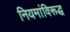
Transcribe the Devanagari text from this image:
नियमांविरूद्ध